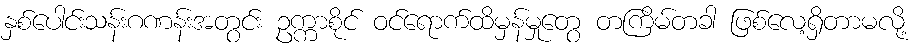
နှစ်ပေါင်းသန်းဂဏန်းအတွင်း ဥက္ကာစိုင် ဝင်ရောက်ထိမှန်မှုတွေ တကြိမ်တခါ ဖြစ်လေ့ရှိတာမလို့